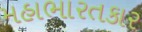
મહાભારતકાર